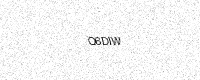
Text: Q6DIW